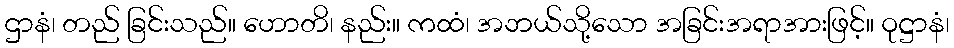
ဌာနံ၊ တည် ခြင်းသည်။ ဟောတိ၊ နည်း။ ကထံ၊ အဘယ်သို့သော အခြင်းအရာအားဖြင့်။ ဝုဋ္ဌာနံ၊